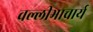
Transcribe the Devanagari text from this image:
वल्लीभाचार्य